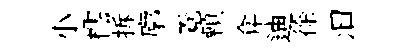
小櫺拆廓覔頼弇迪徐汩